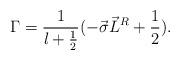
LaTeX: \begin{align*}{\Gamma}=\frac{1}{l+\frac{1}{2}}(-\vec{\sigma}\vec{L}^R+\frac{1}{2}).\end{align*}